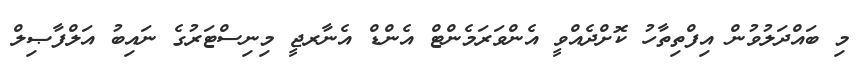
މި ބައްދަލުވުން އިފްތިތާހު ކޮށްދެއްވީ އެންވަރަމެންޓް އެންޑް އެނާރޖީ މިނިސްޓަރުގެ ނައިބު އަލްފާޞިލް